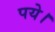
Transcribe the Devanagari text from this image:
पये।